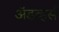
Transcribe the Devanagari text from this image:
अॅडव्हर्स